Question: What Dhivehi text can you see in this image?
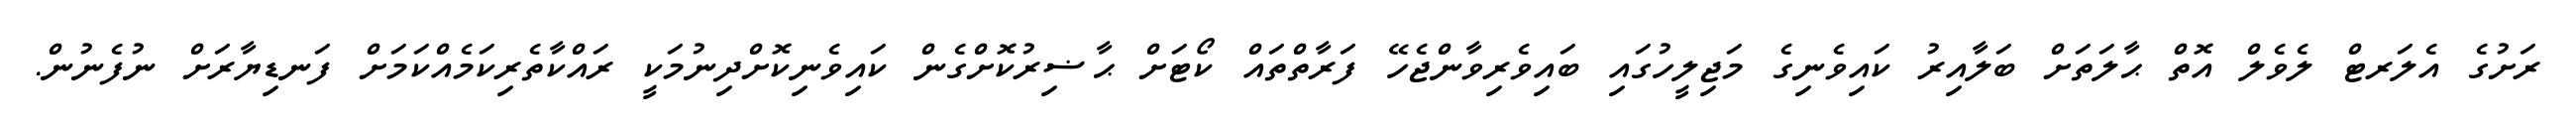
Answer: ރަށުގެ އެލަރޓް ލެވެލް އޮތް ޙާލަތަށް ބަލާއިރު ކައިވެނިގެ މަޖިލީހުގައި ބައިވެރިވާންޖެހޭ ފަރާތްތައް ކޯޓަށް ޙާޟިރުކޮށްގެން ކައިވެނިކޮށްދިނުމަކީ ރައްކާތެރިކަމެއްކަމަށް ފަނޑިޔާރަށް ނުފެނުން.